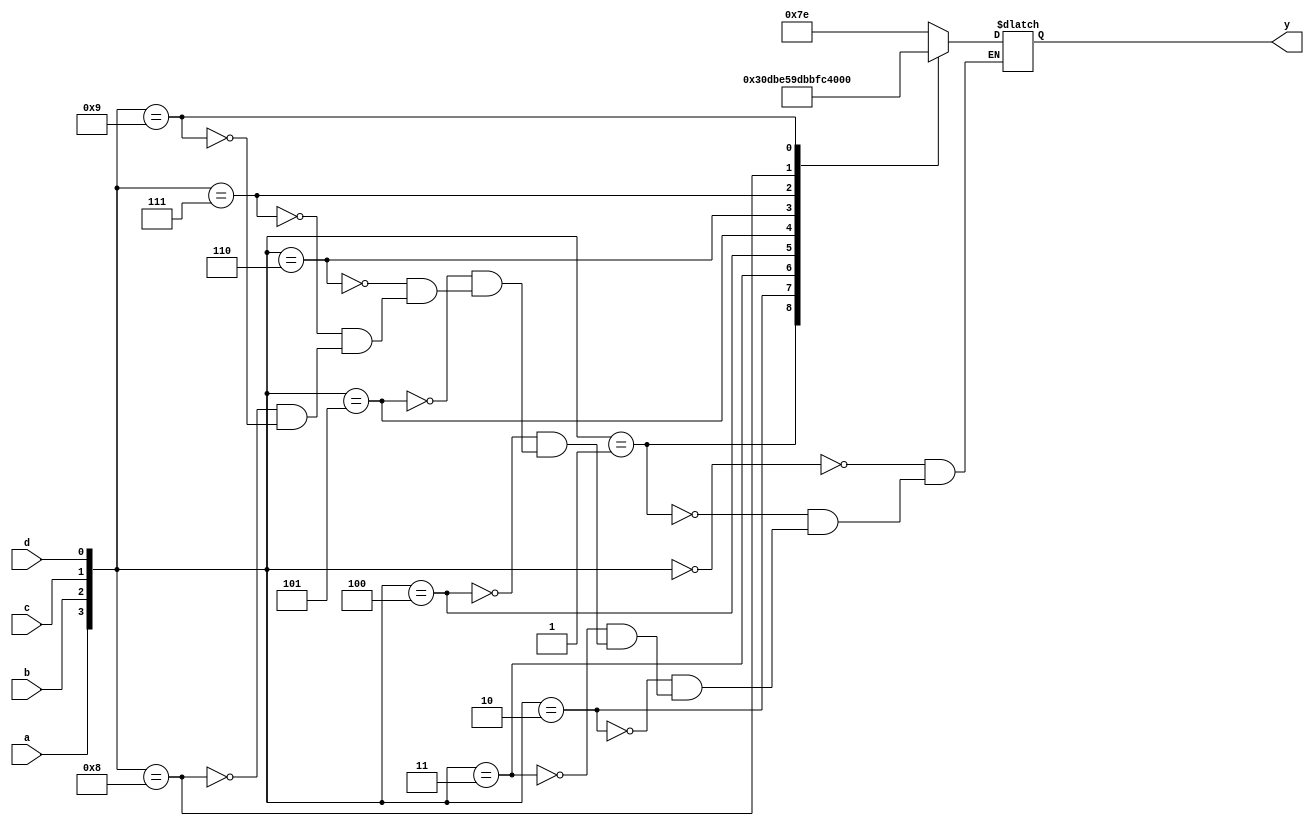
`timescale 1ns / 1ps
//////////////////////////////////////////////////////////////////////////////////
// Company: 
// Engineer: 
// 
// Design Name: 
// Module Name: BCD_7segment
// Project Name: 
// Target Devices: 
// Tool Versions: 
// Description: 
// 
// Dependencies: 
// 
// Revision:
// Revision 0.01 - File Created
// Additional Comments:
// 
//////////////////////////////////////////////////////////////////////////////////


module BCD_7segment(
    input a,b,c,d,
    output reg [6:0] y
    );
    
    always@(*)
      begin
        case({a,b,c,d})
          4'b0000:y=7'b1111110;
          4'b0001:y=7'b0110000;
          4'b0010:y=7'b1101101;
          4'b0011:y=7'b1111001;
          4'b0100:y=7'b0110011;
          4'b0101:y=7'b1011011;
          4'b0110:y=7'b1011111;
          4'b0111:y=7'b1110000;
          4'b1000:y=7'b1111111;
          4'b1001:y=7'b1111011;
        endcase
    end
  
          
endmodule